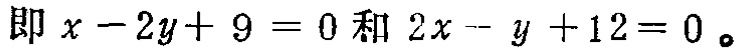
即 \(x - 2y + 9 = 0\) 和 \(2x - y + 12 = 0\)。